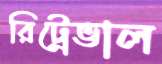
রিট্রেভাল